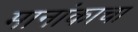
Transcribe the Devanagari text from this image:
मानांकाचा